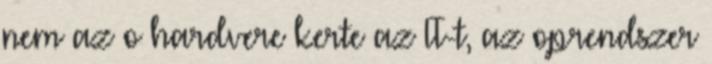
nem az o hardvere kerte az IT-t, az oprendszer